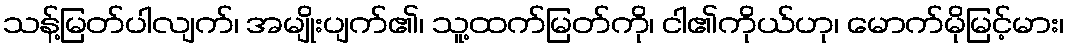
သန့်မြတ်ပါလျက်၊ အမျိုးပျက်၏၊ သူ့ထက်မြတ်ကို၊ ငါ၏ကိုယ်ဟု၊ မောက်မိုမြင့်မား၊